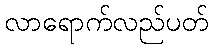
လာရောက်လည်ပတ်